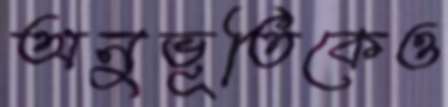
অনুভূতিকেও